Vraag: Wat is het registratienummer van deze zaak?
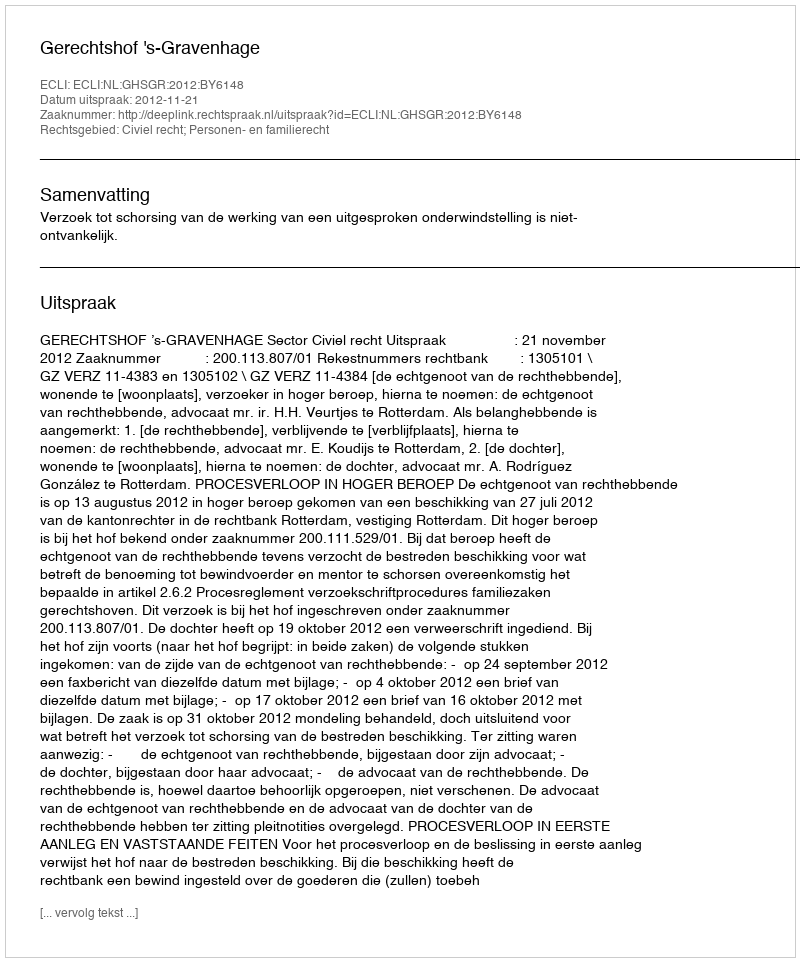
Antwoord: http://deeplink.rechtspraak.nl/uitspraak?id=ECLI:NL:GHSGR:2012:BY6148